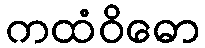
ကထံဝိဓော